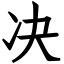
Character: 决